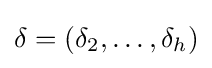
\delta =(\delta _{2},\ldots ,\delta _{h})